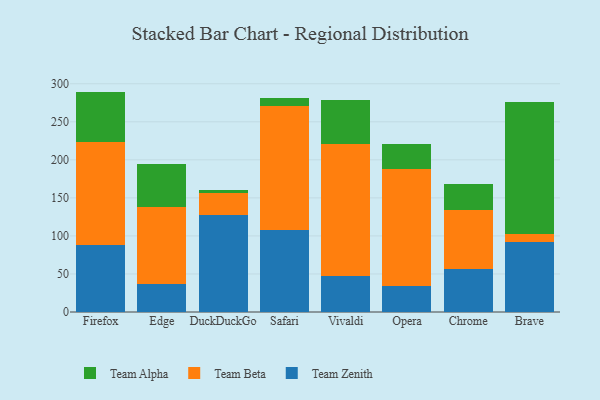
{"axis": {"x": "Browser", "y": "Backlog"}, "legend": ["Team Alpha", "Team Beta", "Team Zenith"], "data": [{"x": "Firefox", "y": 88.2, "type": "Team Zenith"}, {"x": "Firefox", "y": 135.3, "type": "Team Beta"}, {"x": "Firefox", "y": 66.2, "type": "Team Alpha"}, {"x": "Edge", "y": 36.5, "type": "Team Zenith"}, {"x": "Edge", "y": 101.5, "type": "Team Beta"}, {"x": "Edge", "y": 56.0, "type": "Team Alpha"}, {"x": "DuckDuckGo", "y": 127.7, "type": "Team Zenith"}, {"x": "DuckDuckGo", "y": 28.1, "type": "Team Beta"}, {"x": "DuckDuckGo", "y": 5.0, "type": "Team Alpha"}, {"x": "Safari", "y": 108.4, "type": "Team Zenith"}, {"x": "Safari", "y": 161.8, "type": "Team Beta"}, {"x": "Safari", "y": 10.5, "type": "Team Alpha"}, {"x": "Vivaldi", "y": 46.7, "type": "Team Zenith"}, {"x": "Vivaldi", "y": 173.9, "type": "Team Beta"}, {"x": "Vivaldi", "y": 58.1, "type": "Team Alpha"}, {"x": "Opera", "y": 34.5, "type": "Team Zenith"}, {"x": "Opera", "y": 153.8, "type": "Team Beta"}, {"x": "Opera", "y": 32.6, "type": "Team Alpha"}, {"x": "Chrome", "y": 57.1, "type": "Team Zenith"}, {"x": "Chrome", "y": 76.9, "type": "Team Beta"}, {"x": "Chrome", "y": 34.0, "type": "Team Alpha"}, {"x": "Brave", "y": 91.6, "type": "Team Zenith"}, {"x": "Brave", "y": 10.6, "type": "Team Beta"}, {"x": "Brave", "y": 174.1, "type": "Team Alpha"}]}